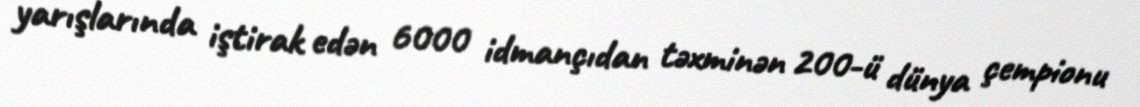
yarışlarında iştirak edən 6000 idmançıdan təxminən 200-ü dünya çempionu